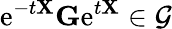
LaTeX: \mathrm{e}^{-t\mathbf{{X}}}\mathbf{{G}}\mathrm{e}^{t\mathbf{{X}}}\in\mathcal{{G}}